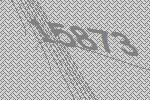
15873